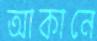
আকানে